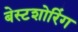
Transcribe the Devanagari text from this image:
बेस्टशोरिंग